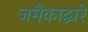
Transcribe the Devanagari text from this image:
जमैकाद्वारे